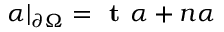
\alpha | _ { \partial \Omega } = \textbf { t } \alpha + \boldsymbol { n } \alpha